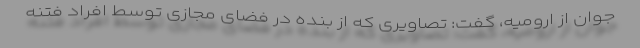
جوان از ارومیه، گفت: تصاویری که از بنده در فضای مجازی توسط افراد فتنه